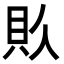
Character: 𮙯